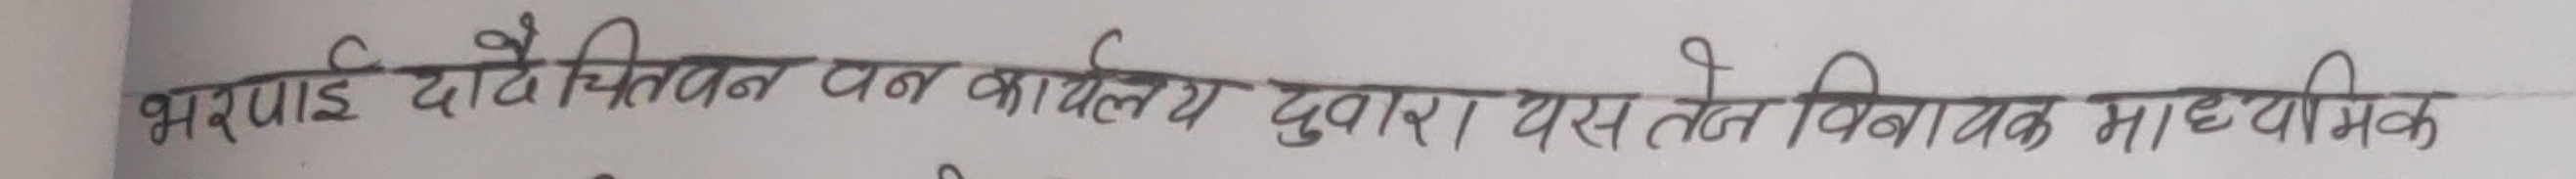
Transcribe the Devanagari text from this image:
भरपाई दैचिंनवन कार्यालय द्वारा यस तल विवायक माध्यमिक